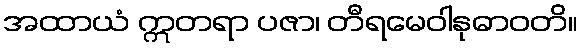
အထာယံ ဣတရာ ပဇာ၊ တီရမေဝါနုဓာဝတိ။